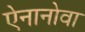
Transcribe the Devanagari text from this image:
ऐनानोवा